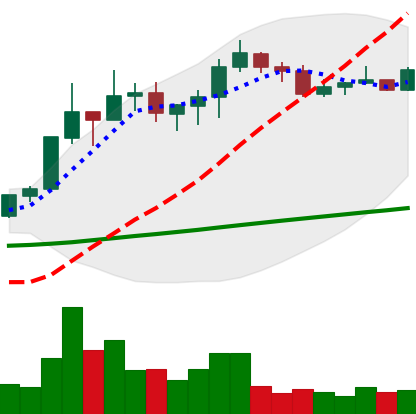
Ticker: XLM-USD
Chart end date: 2020-07-25
Forward return: -3.53%
Label: down_3_5